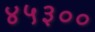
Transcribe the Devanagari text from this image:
४५३००